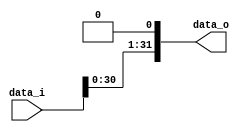
module SL1_32
(
    data_i,
    data_o
);

    parameter width = 32;

    input   [width - 1: 0]     data_i;
    output  [width - 1: 0]     data_o;

    assign data_o = data_i << 1;

endmodule